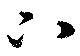
下